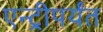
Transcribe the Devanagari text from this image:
एन्ट्रीपर्यंत